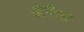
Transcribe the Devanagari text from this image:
आंधीपुर